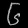
Digit: ၆